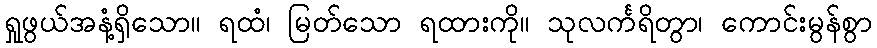
ရှုဖွယ်အနံ့ရှိသော။ ရထံ၊ မြတ်သော ရထားကို။ သုလင်္ကရိတွာ၊ ကောင်းမွန်စွာ